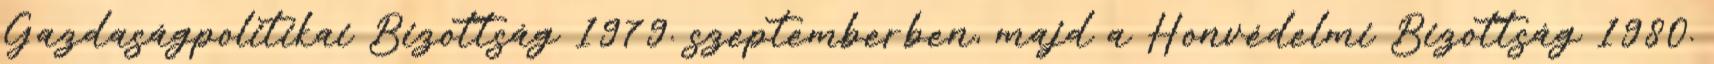
Gazdaságpolitikai Bizottság 1979. szeptemberben, majd a Honvédelmi Bizottság 1980.